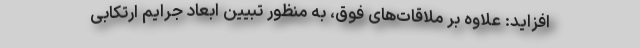
‌افزاید: علاوه بر ملاقات‌های فوق، به منظور تبیین ابعاد جرایم ارتکابی